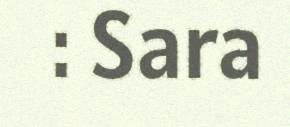
: Sara